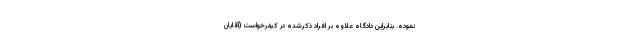
نموده. بنابراین دادگاه علاوه بر افراد ذکرشده در کیفرخواست (آقایان